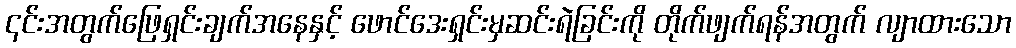
၎င်းအတွက်ဖြေရှင်းချက်အနေနှင့် ဖောင်ဒေးရှင်းမှဆင်းရဲခြင်းကို တိုက်ဖျက်ရန်အတွက် လျာထားသော